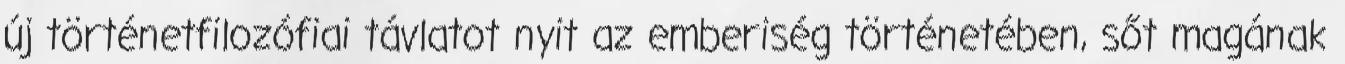
új történetfilozófiai távlatot nyit az emberiség történetében, sőt magának